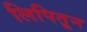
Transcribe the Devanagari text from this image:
लिपितून